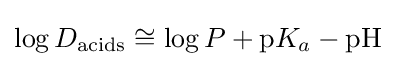
\log D_{\text{acids}}\cong \log P+\mathrm {p} K_{a}-\mathrm {pH}